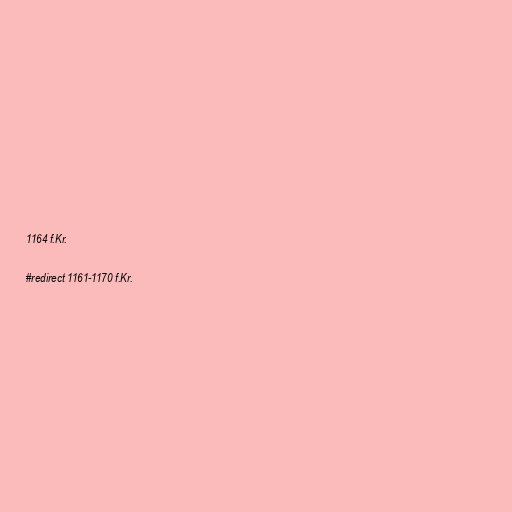
1164 f.Kr.

#redirect 1161-1170 f.Kr.